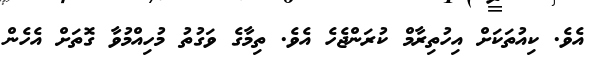
އެވެ. ކިއުތަކަށް އިހުތިރާމް ކުރަންޖެހެ އެވެ. ތިމާގެ ވަގުތު މުހިއްމުވާ ގޮތަށް އެހެން